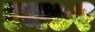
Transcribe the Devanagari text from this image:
एन७२